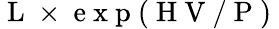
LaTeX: \mathrm{~L~}\times\mathrm{~e~x~p~(~H~V~/~P~)~}